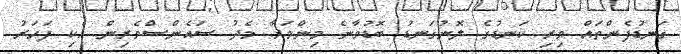
ގަނޑުފެންތައް ވިރި ކަނޑުގެ ލޮނުގަނޑު ބޮޑުވާނެ މިންވަރާ މެދު ސައެންސްވެރިން އެކި ފަހަރު